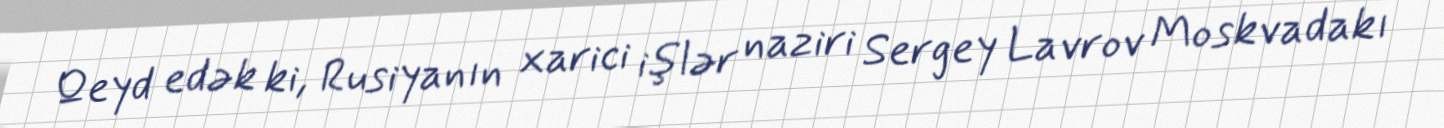
Qeyd edək ki, Rusiyanın xarici işlər naziri Sergey Lavrov Moskvadakı